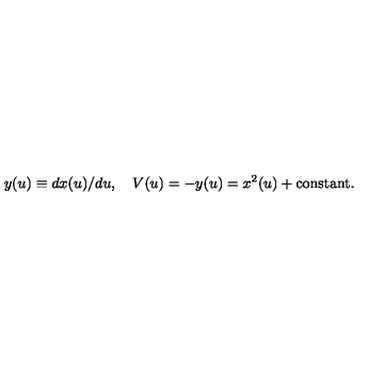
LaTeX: y ( u ) \equiv d x ( u ) / { d u } , \quad V ( u ) = - y ( u ) = x ^ { 2 } ( u ) + \mathrm { c o n s t a n t } .